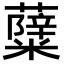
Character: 𮒷